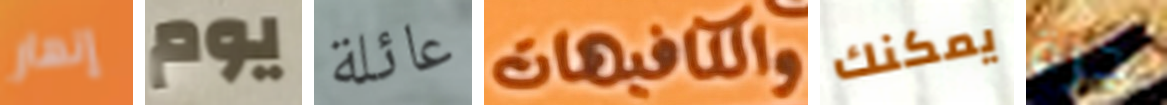
إنهار يوم عائلة والكافيهات يمكنك جرة